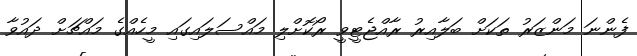
ފެންނަ މަންޒަރު ތަކަށް ބަލާއިރު ރާއްޖެޓީވީ ރޯކޮށްލި މައްސަލައިގައި މީހެއްގެ މައްޗަށް ދައުވާ